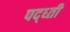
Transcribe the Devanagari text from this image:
पद्ध्ती